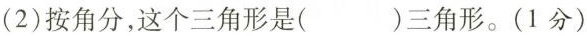
(2)按角分，这个三角形是()三角形。(1分)